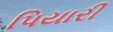
પિયારી